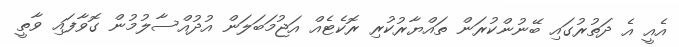
އެއީ އެ ދަތުރުގައި ބޭނުންކުރަން ތައްޔާރުކުރި ރޮކެޓެއް އަޖުމަބަލަން އުދުއްސާލުމުން ގޮވާފައި ވާތީ